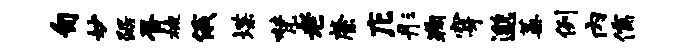
匍妙踞胥概俄堞梵老綮庀彤鞠穿邈蒿例内儒